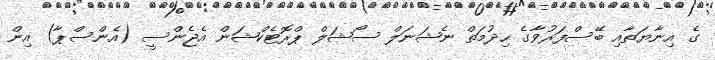
ގެ އިނާޔަތާއި ބޭސްފަރުވާގެ ހިދުމަތް ނެޝަނަލް ސޯޝަލް ޕްރޮޓެކްޝަން އެޖެންސީ (އެންސްޕާ) އިން